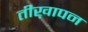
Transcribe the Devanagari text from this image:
तीख़ापन